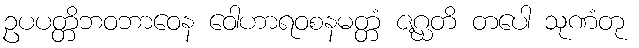
ဥပပတ္တိဘဝဘာဝေန ဝေါဟာရဝစနမတ္တံ ဇဂ္ဃတိ တပေါ သုဏံတု